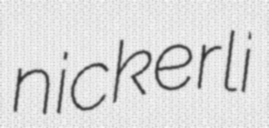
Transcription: nickerli